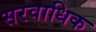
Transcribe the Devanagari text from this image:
सरवाधिक